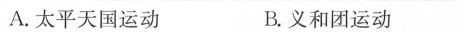
A.太平天国运动 B.义和团运动